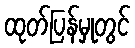
ထုတ်ပြန်မှုတွင်